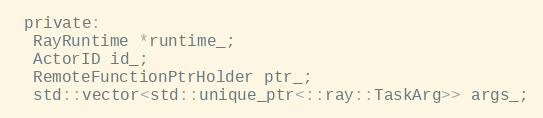
Language: C
 private:
  RayRuntime *runtime_;
  ActorID id_;
  RemoteFunctionPtrHolder ptr_;
  std::vector<std::unique_ptr<::ray::TaskArg>> args_;